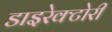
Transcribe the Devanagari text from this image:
डाइरेक्टोरी